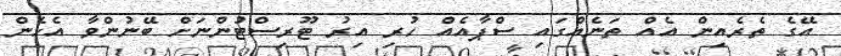
އޭގެ ތެރެއިން އެއް ތަނެއްގައި ސްޕާއެއް ހުރި އިރު ޓޫރިިސްޓުންނަށް ބޭނުންވާ އެހެން